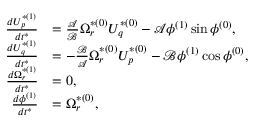
\begin{array} { r l } { \frac { d U _ { p } ^ { * ( 1 ) } } { d t ^ { * } } } & { = \frac { \mathcal { A } } { \mathcal { B } } \Omega _ { r } ^ { * ( 0 ) } U _ { q } ^ { * ( 0 ) } - \mathcal { A } \phi ^ { ( 1 ) } \sin \phi ^ { ( 0 ) } , } \\ { \frac { d U _ { q } ^ { * ( 1 ) } } { d t ^ { * } } } & { = - \frac { \mathcal { B } } { \mathcal { A } } \Omega _ { r } ^ { * ( 0 ) } U _ { p } ^ { * ( 0 ) } - \mathcal { B } \phi ^ { ( 1 ) } \cos \phi ^ { ( 0 ) } , } \\ { \frac { d \Omega _ { r } ^ { * ( 1 ) } } { d t ^ { * } } } & { = 0 , } \\ { \frac { d \phi ^ { ( 1 ) } } { d t ^ { * } } } & { = \Omega _ { r } ^ { * ( 0 ) } , } \end{array}